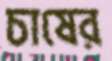
চাষের